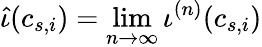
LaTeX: \widehat{\iota}(c_{s,i})=\operatorname*{lim}_{n\rightarrow\infty}\iota^{(n)}(c_{s,i})